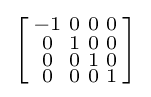
\left[{\begin{smallmatrix}-1&0&0&0\\0&1&0&0\\0&0&1&0\\0&0&0&1\end{smallmatrix}}\right]